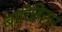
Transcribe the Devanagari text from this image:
बारिबिज़ान